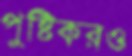
পুষ্টিকরও